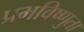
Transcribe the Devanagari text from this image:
प्रभविष्णुता